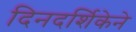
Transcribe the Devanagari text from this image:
दिनदर्शिकेने